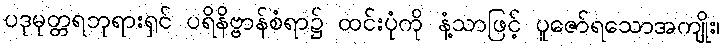
ပဒုမုတ္တရဘုရားရှင် ပရိနိဗ္ဗာန်စံရာ၌ ထင်းပုံကို နံ့သာဖြင့် ပူဇော်ရသောအကျိုး၊